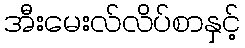
အီးမေးလ်လိပ်စာနှင့်